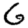
Digit: 6